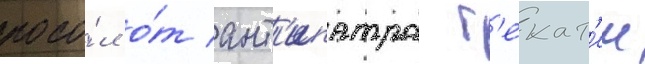
посо́л о́т ант'ипатра г'екат'еи